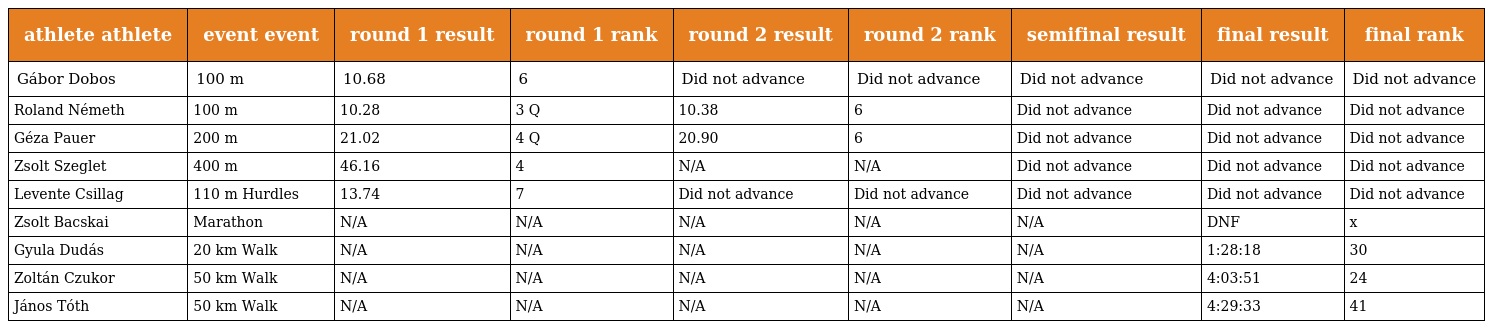
| athlete athlete | event event | round 1 result | round 1 rank | round 2 result | round 2 rank | semifinal result | final result | final rank |
 | --- | --- | --- | --- | --- | --- | --- | --- | --- |
 | Gábor Dobos | 100 m | 10.68 | 6 | Did not advance | Did not advance | Did not advance | Did not advance | Did not advance |
 | Roland Németh | 100 m | 10.28 | 3 Q | 10.38 | 6 | Did not advance | Did not advance | Did not advance |
 | Géza Pauer | 200 m | 21.02 | 4 Q | 20.90 | 6 | Did not advance | Did not advance | Did not advance |
 | Zsolt Szeglet | 400 m | 46.16 | 4 | N/A | N/A | Did not advance | Did not advance | Did not advance |
 | Levente Csillag | 110 m Hurdles | 13.74 | 7 | Did not advance | Did not advance | Did not advance | Did not advance | Did not advance |
 | Zsolt Bacskai | Marathon | N/A | N/A | N/A | N/A | N/A | DNF | x |
 | Gyula Dudás | 20 km Walk | N/A | N/A | N/A | N/A | N/A | 1:28:18 | 30 |
 | Zoltán Czukor | 50 km Walk | N/A | N/A | N/A | N/A | N/A | 4:03:51 | 24 |
 | János Tóth | 50 km Walk | N/A | N/A | N/A | N/A | N/A | 4:29:33 | 41 |